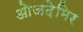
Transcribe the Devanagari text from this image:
ओजदेमिर